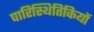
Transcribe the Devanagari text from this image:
पारिस्थितिकियों